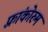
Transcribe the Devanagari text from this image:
फ़्रांकोरुम